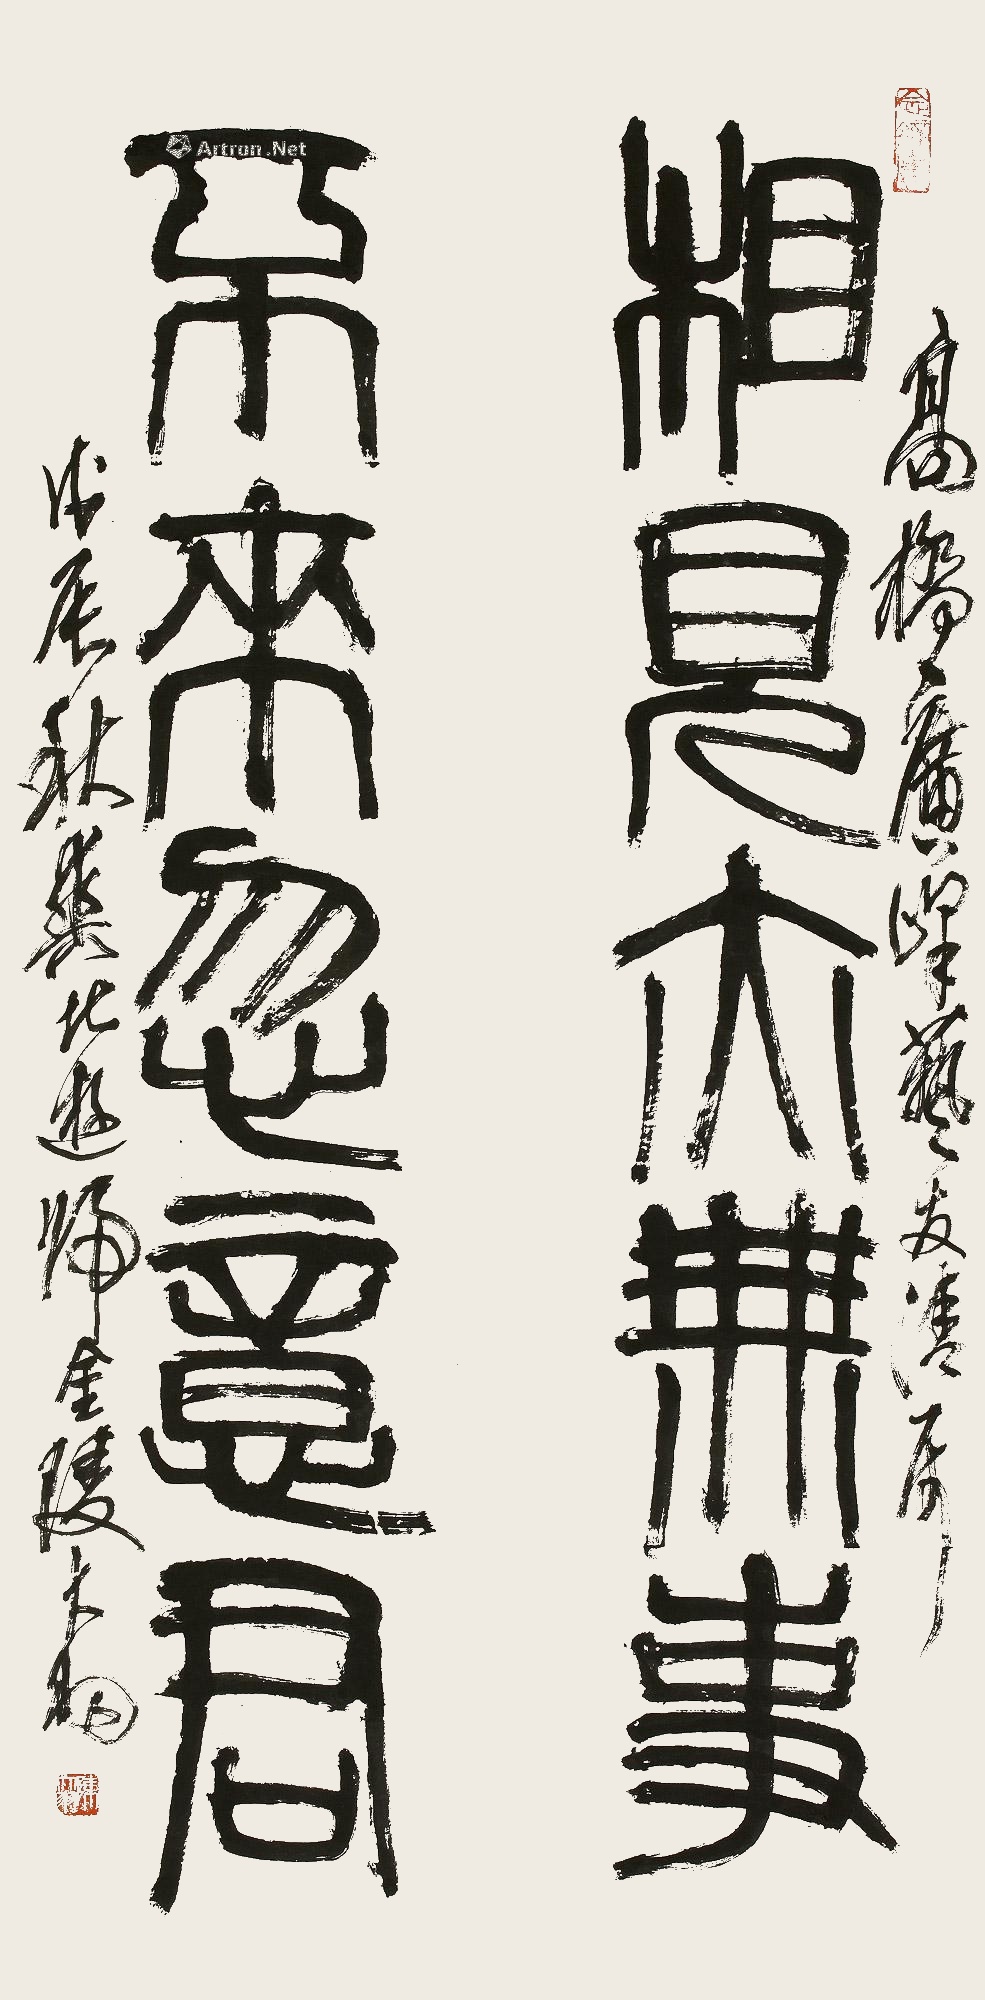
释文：相见亦无事，不来忽意君。高桥广峰艺友清属，戊辰秋垂北游归金陵，大羽。